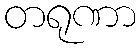
တရုဏာ